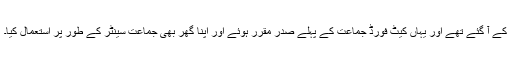
کے آ گئے تھے اور یہاں کیٹ فورڈ جماعت کے پہلے صدر مقرر ہوئے اور اپنا گھر بھی جماعت سینٹر کے طور پر استعمال کیا۔